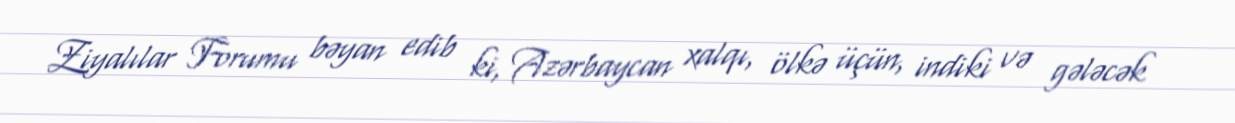
Ziyalılar Forumu bəyan edib ki, Azərbaycan xalqı, ölkə üçün, indiki və gələcək